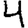
Digit: 4